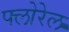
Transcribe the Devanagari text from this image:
फ्लोरेल